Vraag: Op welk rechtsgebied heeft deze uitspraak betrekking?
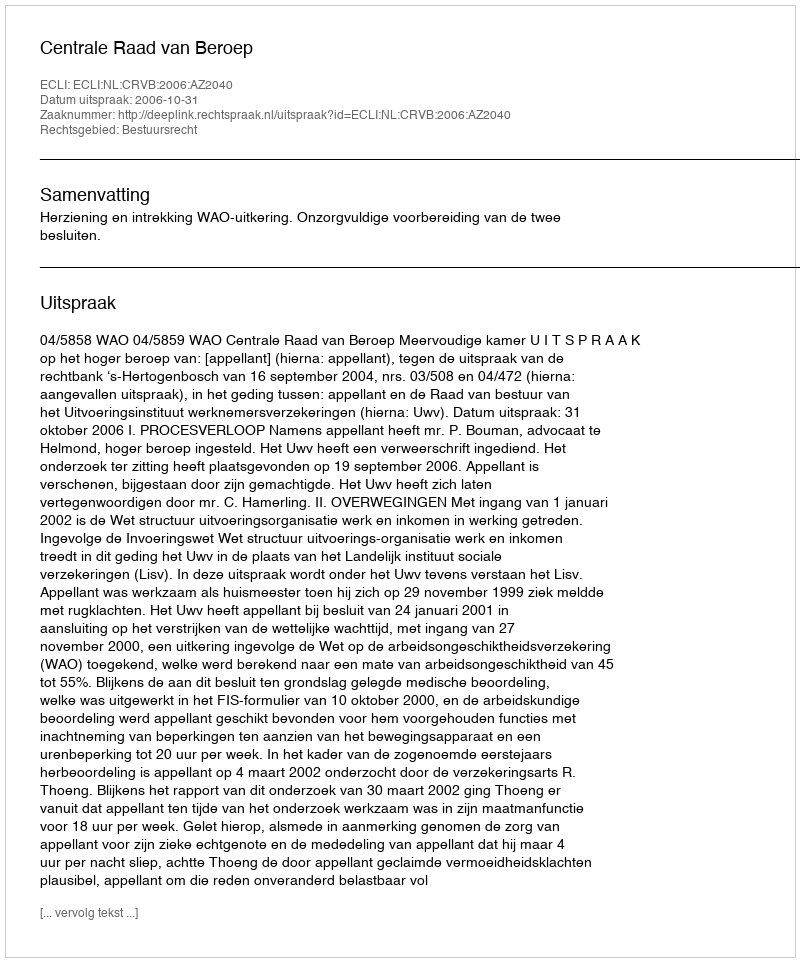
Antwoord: Bestuursrecht